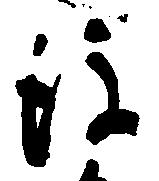
後